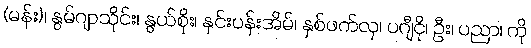
(မန်း)၊ နွမ်ဂျာသိုင်း၊ နွယ်စိုး၊ နှင်းပန်းအိမ်၊ နှစ်ဖက်လှ၊ ပဂျီငို၊ ဦး၊ ပညာ၊ ကို